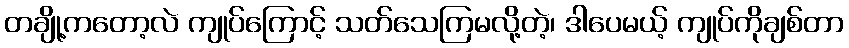
တချို့ကတော့လဲ ကျုပ်ကြောင့် သတ်သေကြမလို့တဲ့၊ ဒါပေမယ့် ကျုပ်ကိုချစ်တာ